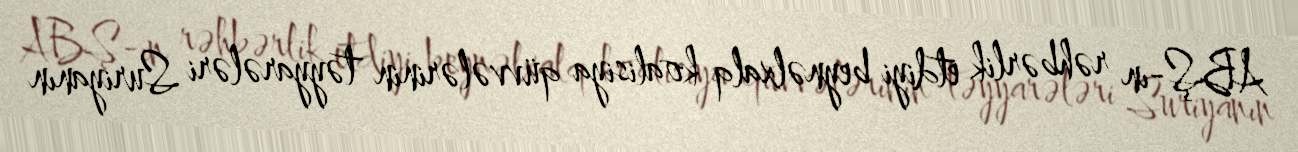
ABŞ-ın rəhbərlik etdiyi beynəlxalq koalisiya qüvvələrinin təyyarələri Suriyanın